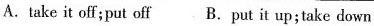
A.take it off;put off B.Put it up; take down